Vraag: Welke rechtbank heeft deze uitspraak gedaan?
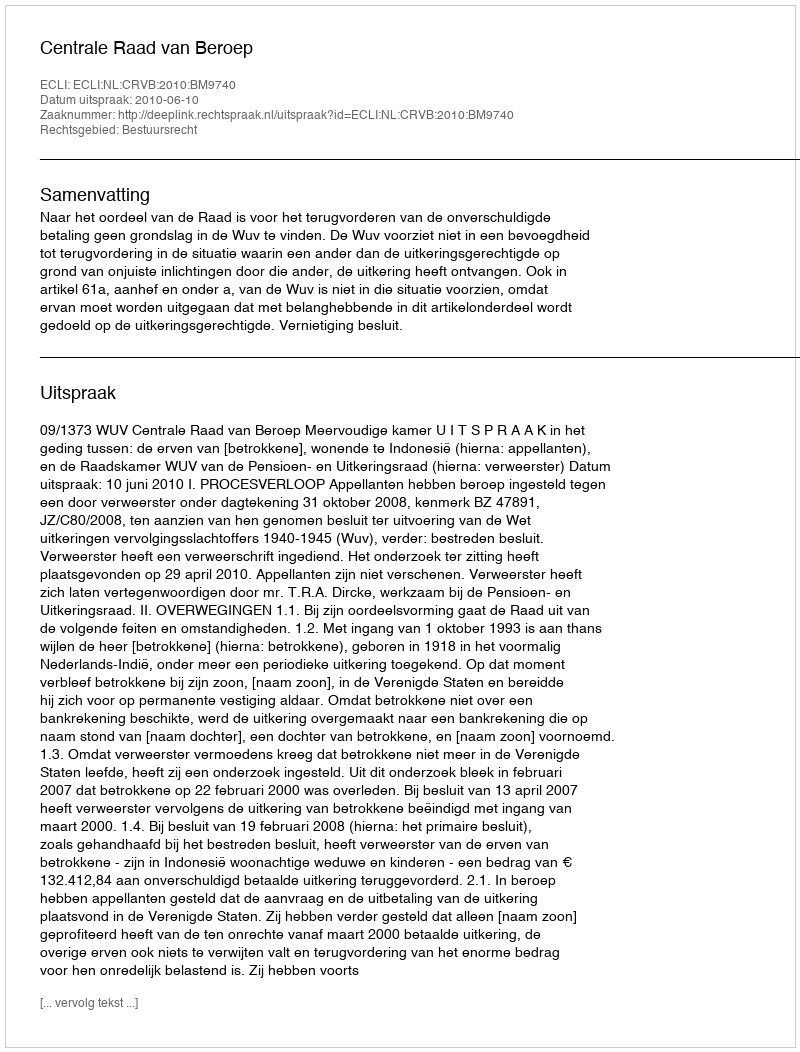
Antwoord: Centrale Raad van Beroep